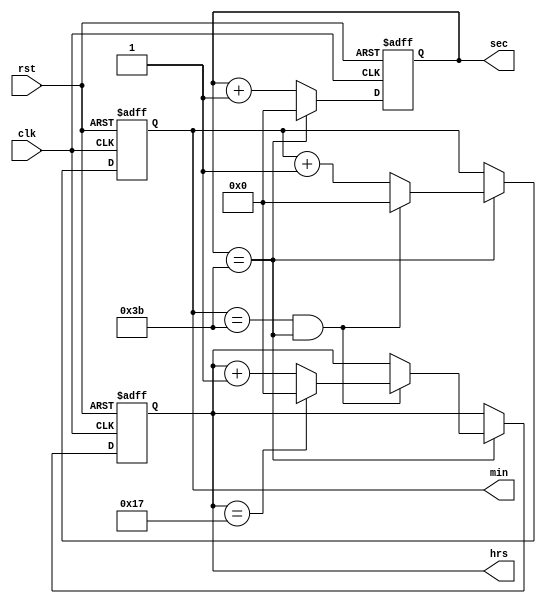
module dclock(clk, rst, hrs, min, sec);

  input clk, rst;
  output reg [6:0] hrs, min, sec;

  always @(posedge clk or posedge rst) 
  begin
	if (rst) 
	begin
	  
	  hrs <= 7'b0000000;
	  
	  min <= 7'b0000000;
	  
	  sec <= 7'b0000000;
	  
	end 
	
	else 
	begin
	  
	  sec <= sec + 1'd1;

	  if (sec == 59) 
	  begin
		
		sec <= 7'b0000000;
		
		min <= min + 1'd1;
		
		if (min==59 && sec==59)
	  begin
		
		  hrs <= hrs + 1'd1;
		  
		  min<=7'b0000000;
	  
		  if(hrs==23)
		  begin
		  
			  hrs<=0;
			  
			  min<=0;
			  
			  sec<=0;
		  
		  end
	  
		
	  end
		
	  end
	  
	  
	end
  end

endmodule